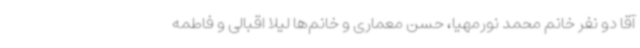
آقا دو نفر خانم محمد نورمهیا، حسن معماری و خانم‌ها لیلا اقبالی و فاطمه